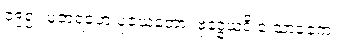
၁၉၅။ ပူဇာရဟေ ပူဇယတော၊ ဗုဒ္ဓေယဒိ ဝ သာဝကေ။